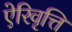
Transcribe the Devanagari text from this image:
ऐरिवृत्ति